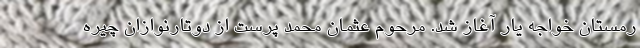
رمستان خواجه یار آغاز شد. مرحوم عثمان محمد پرست از دوتارنوازان چیره